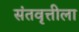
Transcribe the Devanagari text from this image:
संतवृत्तीला